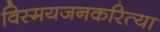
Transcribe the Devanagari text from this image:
विस्मयजनकरित्या